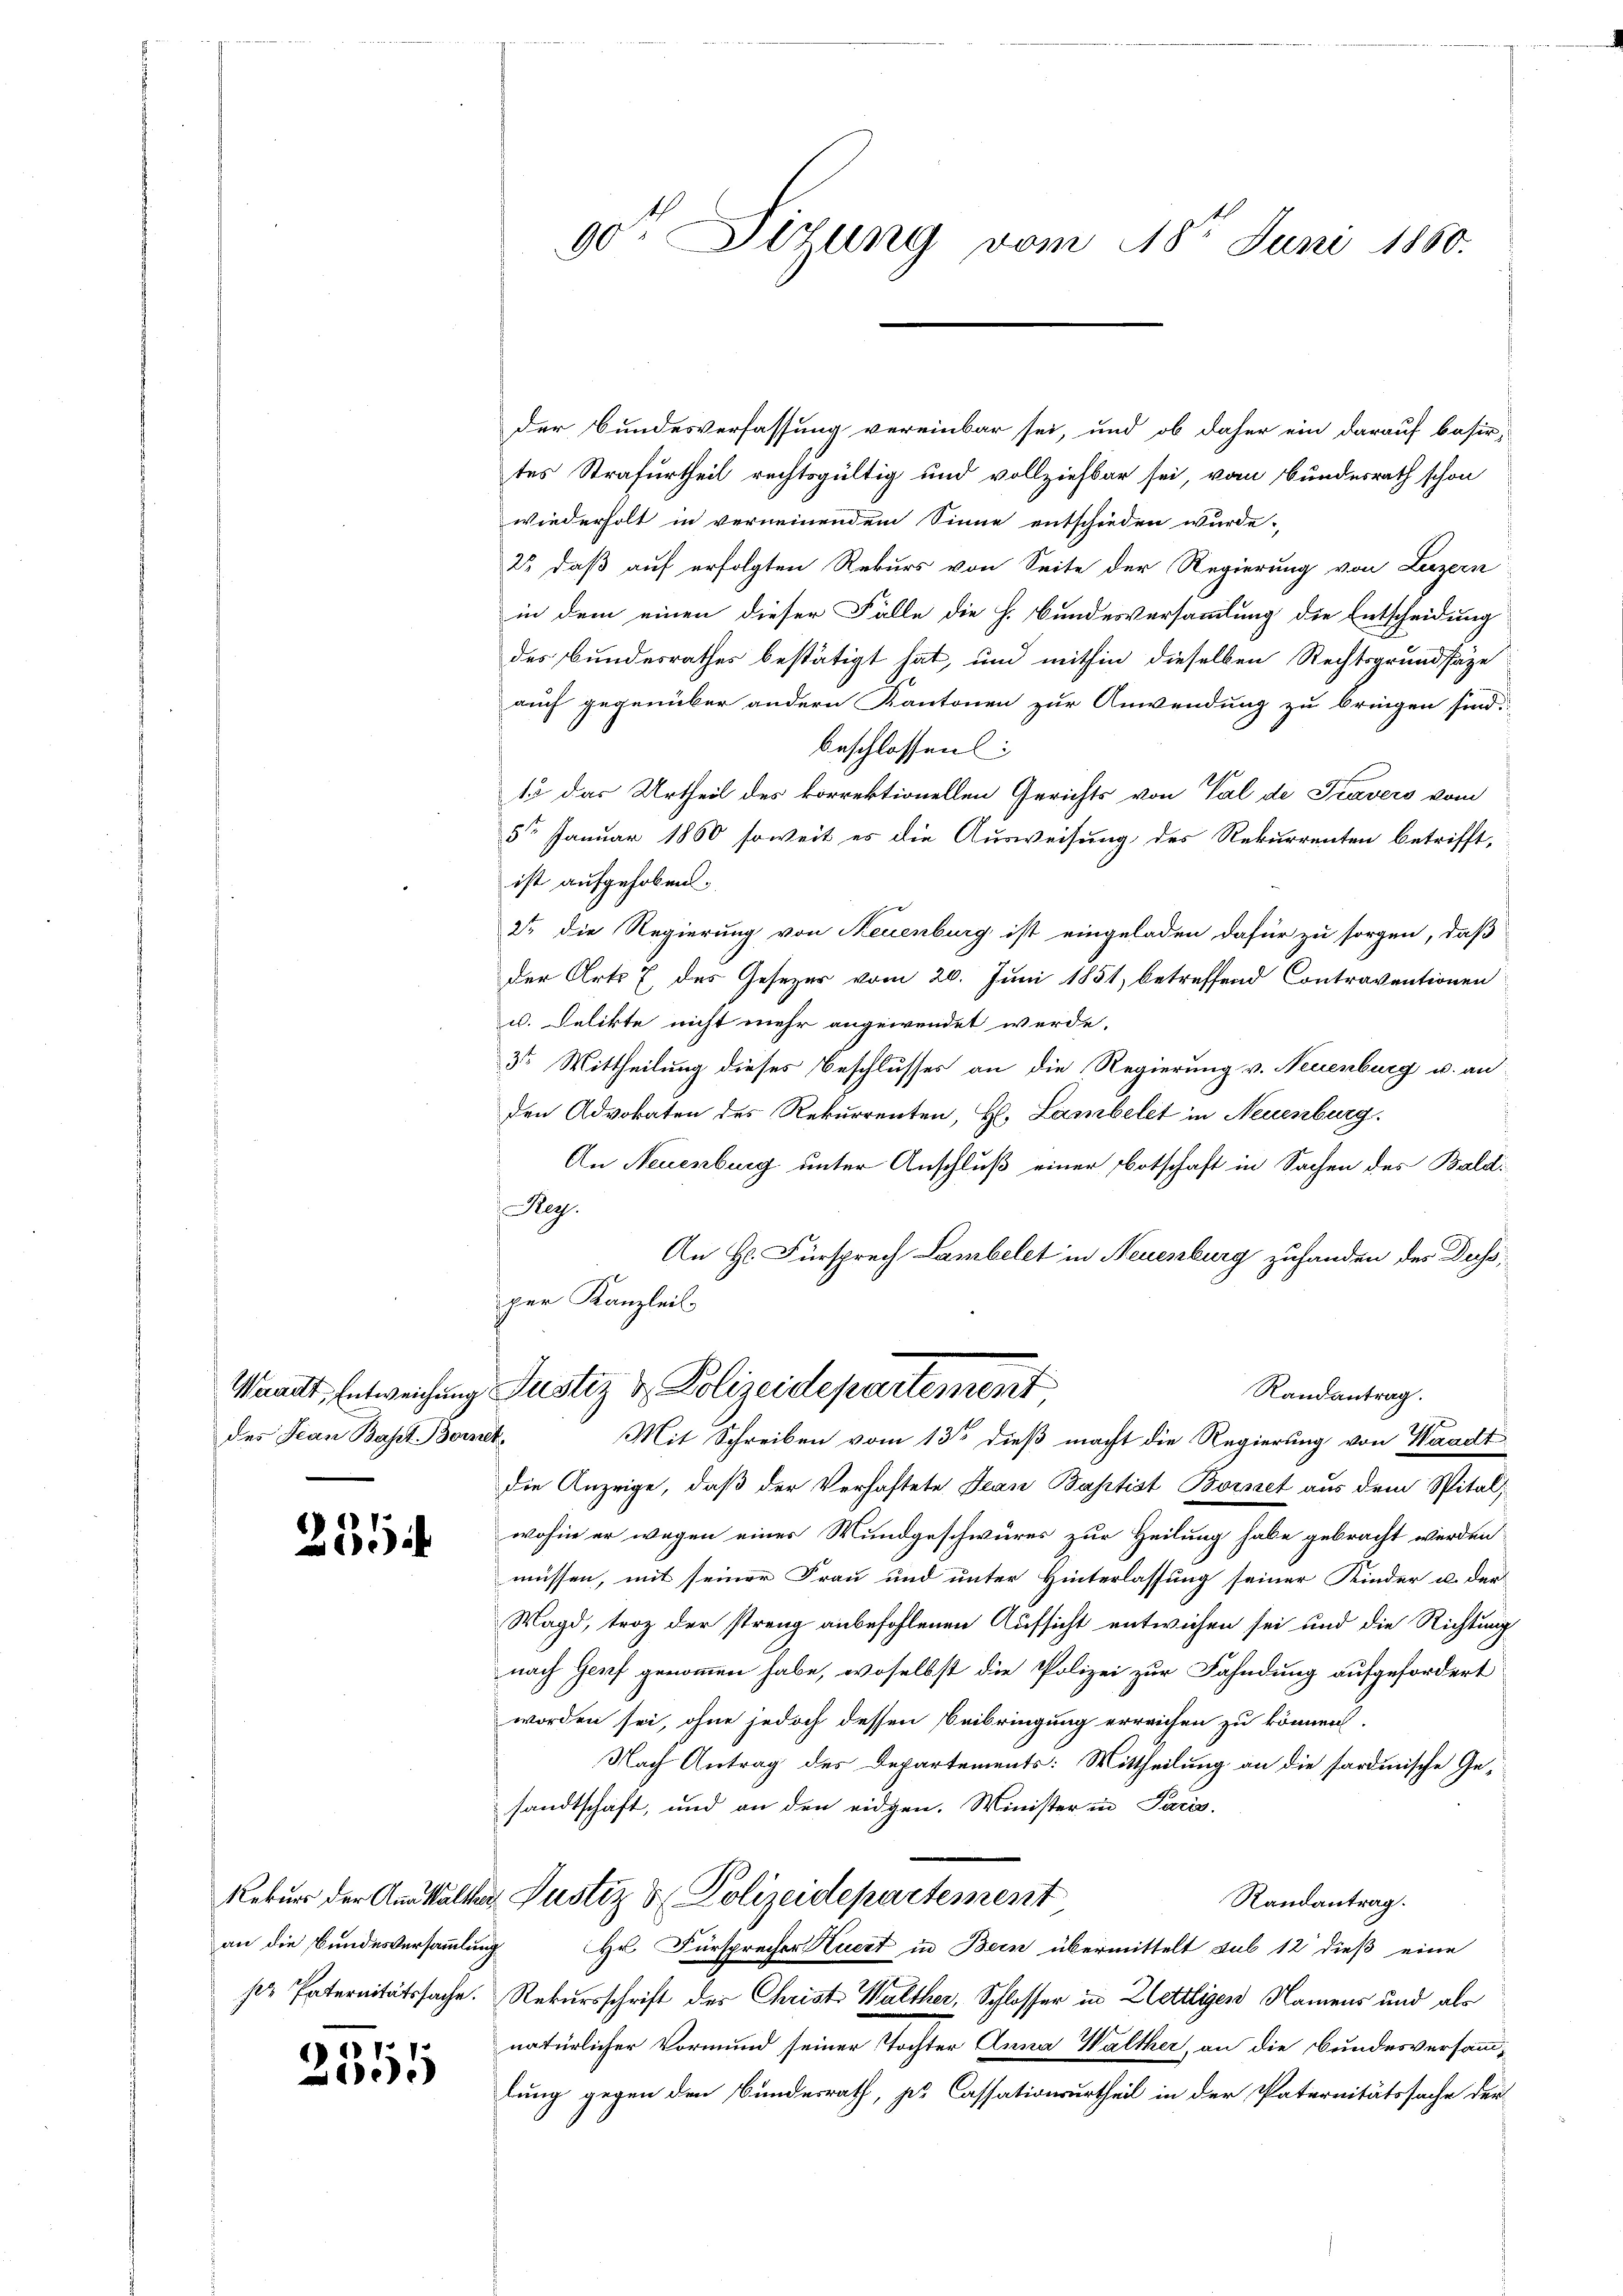
des Jean Bapt. Borr

251

an die Bundesversammlung
s Paternitätssache.

211
).

90 Dizung vom 18ten Juni 1860.

der Bundesverfassung vereinbar sei, und ob daher ein darauf basir-
tes Strafurtheil rechtsgültig und vollziehbar sei, vom Bundesrath schon
wiederholt in verneinendem Sinne entschieden wurde.
2 daß auf erfolgten Rekurs von Seite der Regierung von Luzern
in dem einen dieser Fälle die h. Bundesversammlung die Entscheidung
des Bundesrathes bestätigt hat, und mithin dieselben Rechtsgrundsäge
auch gegenüber andern Kantonen zur Anwendung zu bringen sind.
beschlossen:
13 das Urtheil des korrektionellen Gerichts von Val de Travers vom
5te Januar 1860 soweit es die Ausweisung des Rekurrenten betrifft,
ist aufgehoben.
2t die Regierung von Neuenburg ist eingeladen dafür zu sorgen, daß
der Art. 7 des Gesezer vom 20. Juni 1851, betreffend Contraventionen
u. Delikte nicht mehr angewendet werde.
3t Mittheilung dieses Beschlusses an die Regierung v. Neuenburg u. an
den Advokaten des Rekurrenten, H. Lambelet in Neuenburg.
An Neuenburg unter Anschluß einer Botschaft in Sachen des Bald:
Reg.
An Hr. Fürsprech Sambelst in Neuenburg zufanden der Duss,
per Kanzleit
Waadt, Entweichung Justiz & Polizeidepartement
Randantrag.
ef.
Mit Schreiben vom 13ten dieß macht die Regierung von Waadt
die Anzeige, daß der Verhaftete Jean Baptist Bornet aus dem Spitalwohin er wegen einer Wundgeschwures zur Heilung habe gebracht werden
müssen, mit seiner Frau und unter Hinterlassung seiner Kinder u. der
Wagd, troz der streng anbefohlenen Aufsicht entwichen sei und die Richtung
nach Genf genommen habe, woselbst die Polizei zur Fahndung aufgefordert
worden sei, ohne jedoch dessen Beibringung erreichen zu können.
Nach Antrag des Departements: Mittheilung an die sardinische Gesandtschaft, und an den eidgen. Minister in Paris.
Rekurs der Anstalter Justiz & Polizeidepartement
Randantrag.
Hr. Fürsprecher Kuert in Bern übermittelt sub 12 dieß eine
Rekursschrift des Christ Walther, Schlosser in Zettligen Namens und als
natürlicher Vormund seiner Tochter Anna Walther, an die Bundesversammlung gegen den Bundesrath, pr Cassationsurtheil in der Paternitätssache der